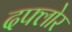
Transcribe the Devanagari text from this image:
दफ्लोर